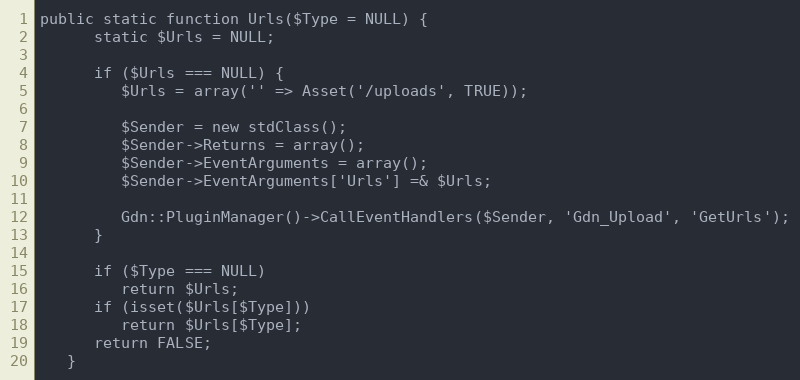
Language: PHP
public static function Urls($Type = NULL) {
      static $Urls = NULL;

      if ($Urls === NULL) {
         $Urls = array('' => Asset('/uploads', TRUE));

         $Sender = new stdClass();
         $Sender->Returns = array();
         $Sender->EventArguments = array();
         $Sender->EventArguments['Urls'] =& $Urls;

         Gdn::PluginManager()->CallEventHandlers($Sender, 'Gdn_Upload', 'GetUrls');
      }

      if ($Type === NULL)
         return $Urls;
      if (isset($Urls[$Type]))
         return $Urls[$Type];
      return FALSE;
   }